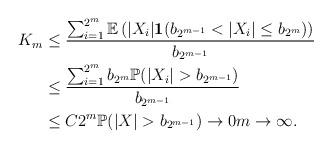
LaTeX: \begin{align*}K_m&\le \dfrac{\sum_{i=1}^{2^m} \mathbb{E}\left(|X_i|\mathbf{1}(b_{2^{m-1}}<|X_{i}|\le b_{2^{m}})\right)}{b_{2^{m-1}}}\\&\le \dfrac{\sum_{i=1}^{2^m} b_{2^m} \mathbb{P}(|X_{i}|>b_{2^{m-1}})}{b_{2^{m-1}}}\\&\le C 2^m \mathbb{P}(|X|>b_{2^{m-1}})\to 0 m\to\infty.\end{align*}